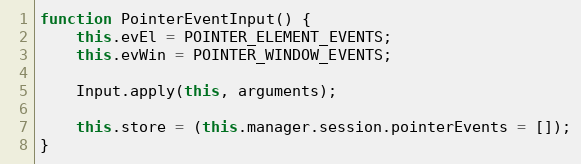
Language: JavaScript
function PointerEventInput() {
    this.evEl = POINTER_ELEMENT_EVENTS;
    this.evWin = POINTER_WINDOW_EVENTS;

    Input.apply(this, arguments);

    this.store = (this.manager.session.pointerEvents = []);
}